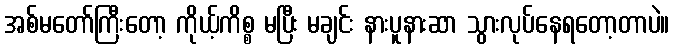
အစ်မတော်ကြီးတော့ ကိုယ့်ကိစ္စ မပြီး မချင်း နားပူနားဆာ သွားလုပ်နေရတော့တာပဲ။